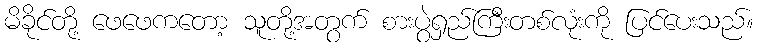
မိခိုင်တို့ ဖေဖေကတော့ သူတို့အတွက် စားပွဲရှည်ကြီးတစ်လုံးကို ပြင်ပေးသည်။